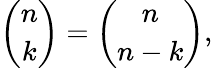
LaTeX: {\binom{n}{k}}={\binom{n}{n-k}},